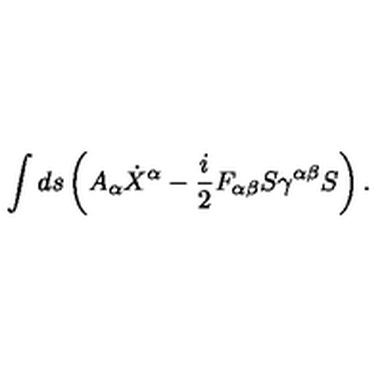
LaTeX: \int d s \left( A _ { \alpha } \dot { X } ^ { \alpha } - { \frac { i } { 2 } } F _ { \alpha \beta } S \gamma ^ { \alpha \beta } S \right) .